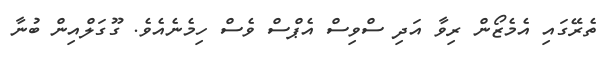
ތެރޭގައި އެމެޒޯން ރިވާ އަދި ސްވިސް އެޕްސް ވެސް ހިމެނެއެވެ. ގޫގަލްއިން ބުނާ